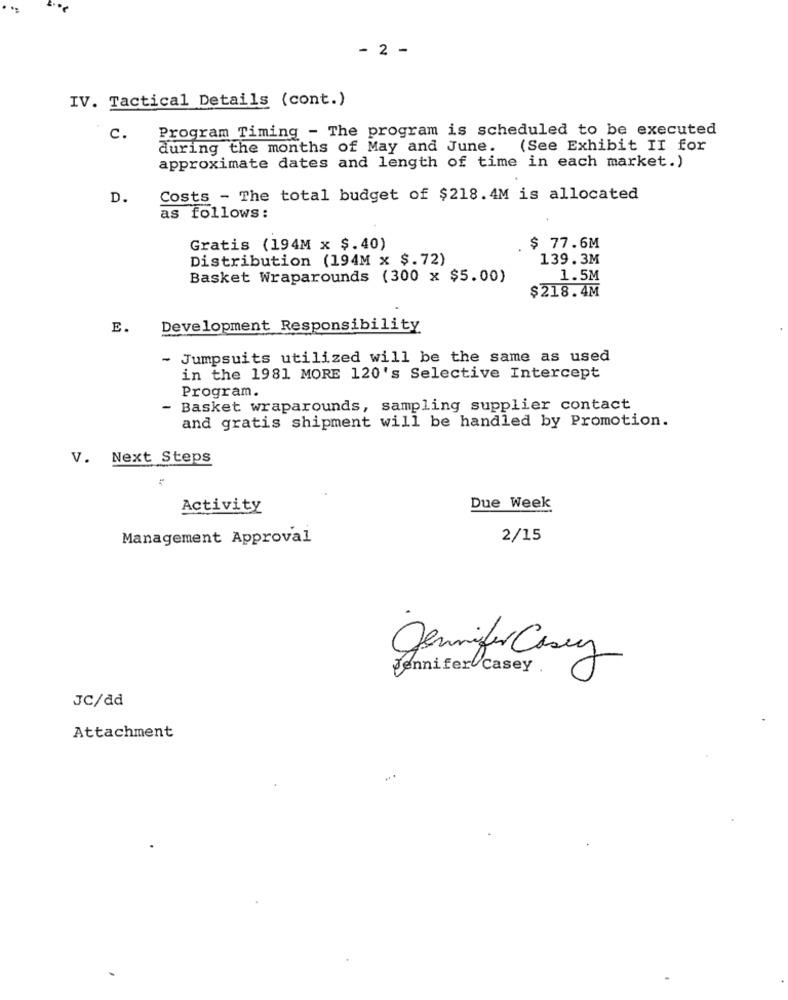
- 2 -
IV. Tactical Details (cont.)
Program Timing - The program is scheduled to be executed
c.
during the months of May and June.
(See Exhibit II for
approximate dates and length of time in each market.)
D.
Costs - The total budget of $218.4M is allocated
as follows:
Gratis (194M x $.40)
$ 77.6M
Distribution (194M x $.72)
139.3M
Basket Wraparounds (300 x $5.00)
1.5M
$218.4M
E.
Development Responsibility
- Jumpsuits utilized will be the same as used
in the 1981 MORE 120's Selective Intercept
Program.
- Basket wraparounds, sampling supplier contact
and gratis shipment will be handled by Promotion.
V. Next Steps
Activity
Due Week
Management Approval
2/15
Jennifer Casey
Jennifer Casey
JC/dd
Attachment